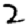
Digit: 2